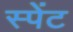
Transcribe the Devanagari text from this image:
स्पेंट